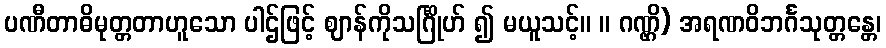
ပဏီတာဓိမုတ္တတာဟူသော ပါဌ်ဖြင့် ဈာန်ကိုသင်္ဂြိုဟ် ၍ မယူသင့်။ ။ ဂဏ္ဌိ) အရဏဝိဘင်္ဂသုတ္တန္တေ၊